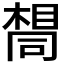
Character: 𫝛